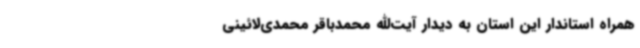
همراه استاندار این استان به دیدار آیت‌الله محمدباقر محمدی‌لائینی